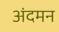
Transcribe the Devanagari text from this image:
अंदमन